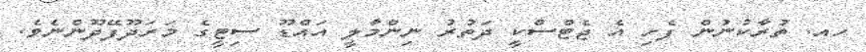
ހއ. ތުރާކުނުން ފެށި އެ ޖެޓްސްކީ ދަތުރު ނިންމާލީ އައްޑޫ ސިޓީގެ މަރަދޫފޭދޫންނެވެ.